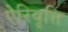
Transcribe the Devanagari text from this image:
ऐरिवृत्ति